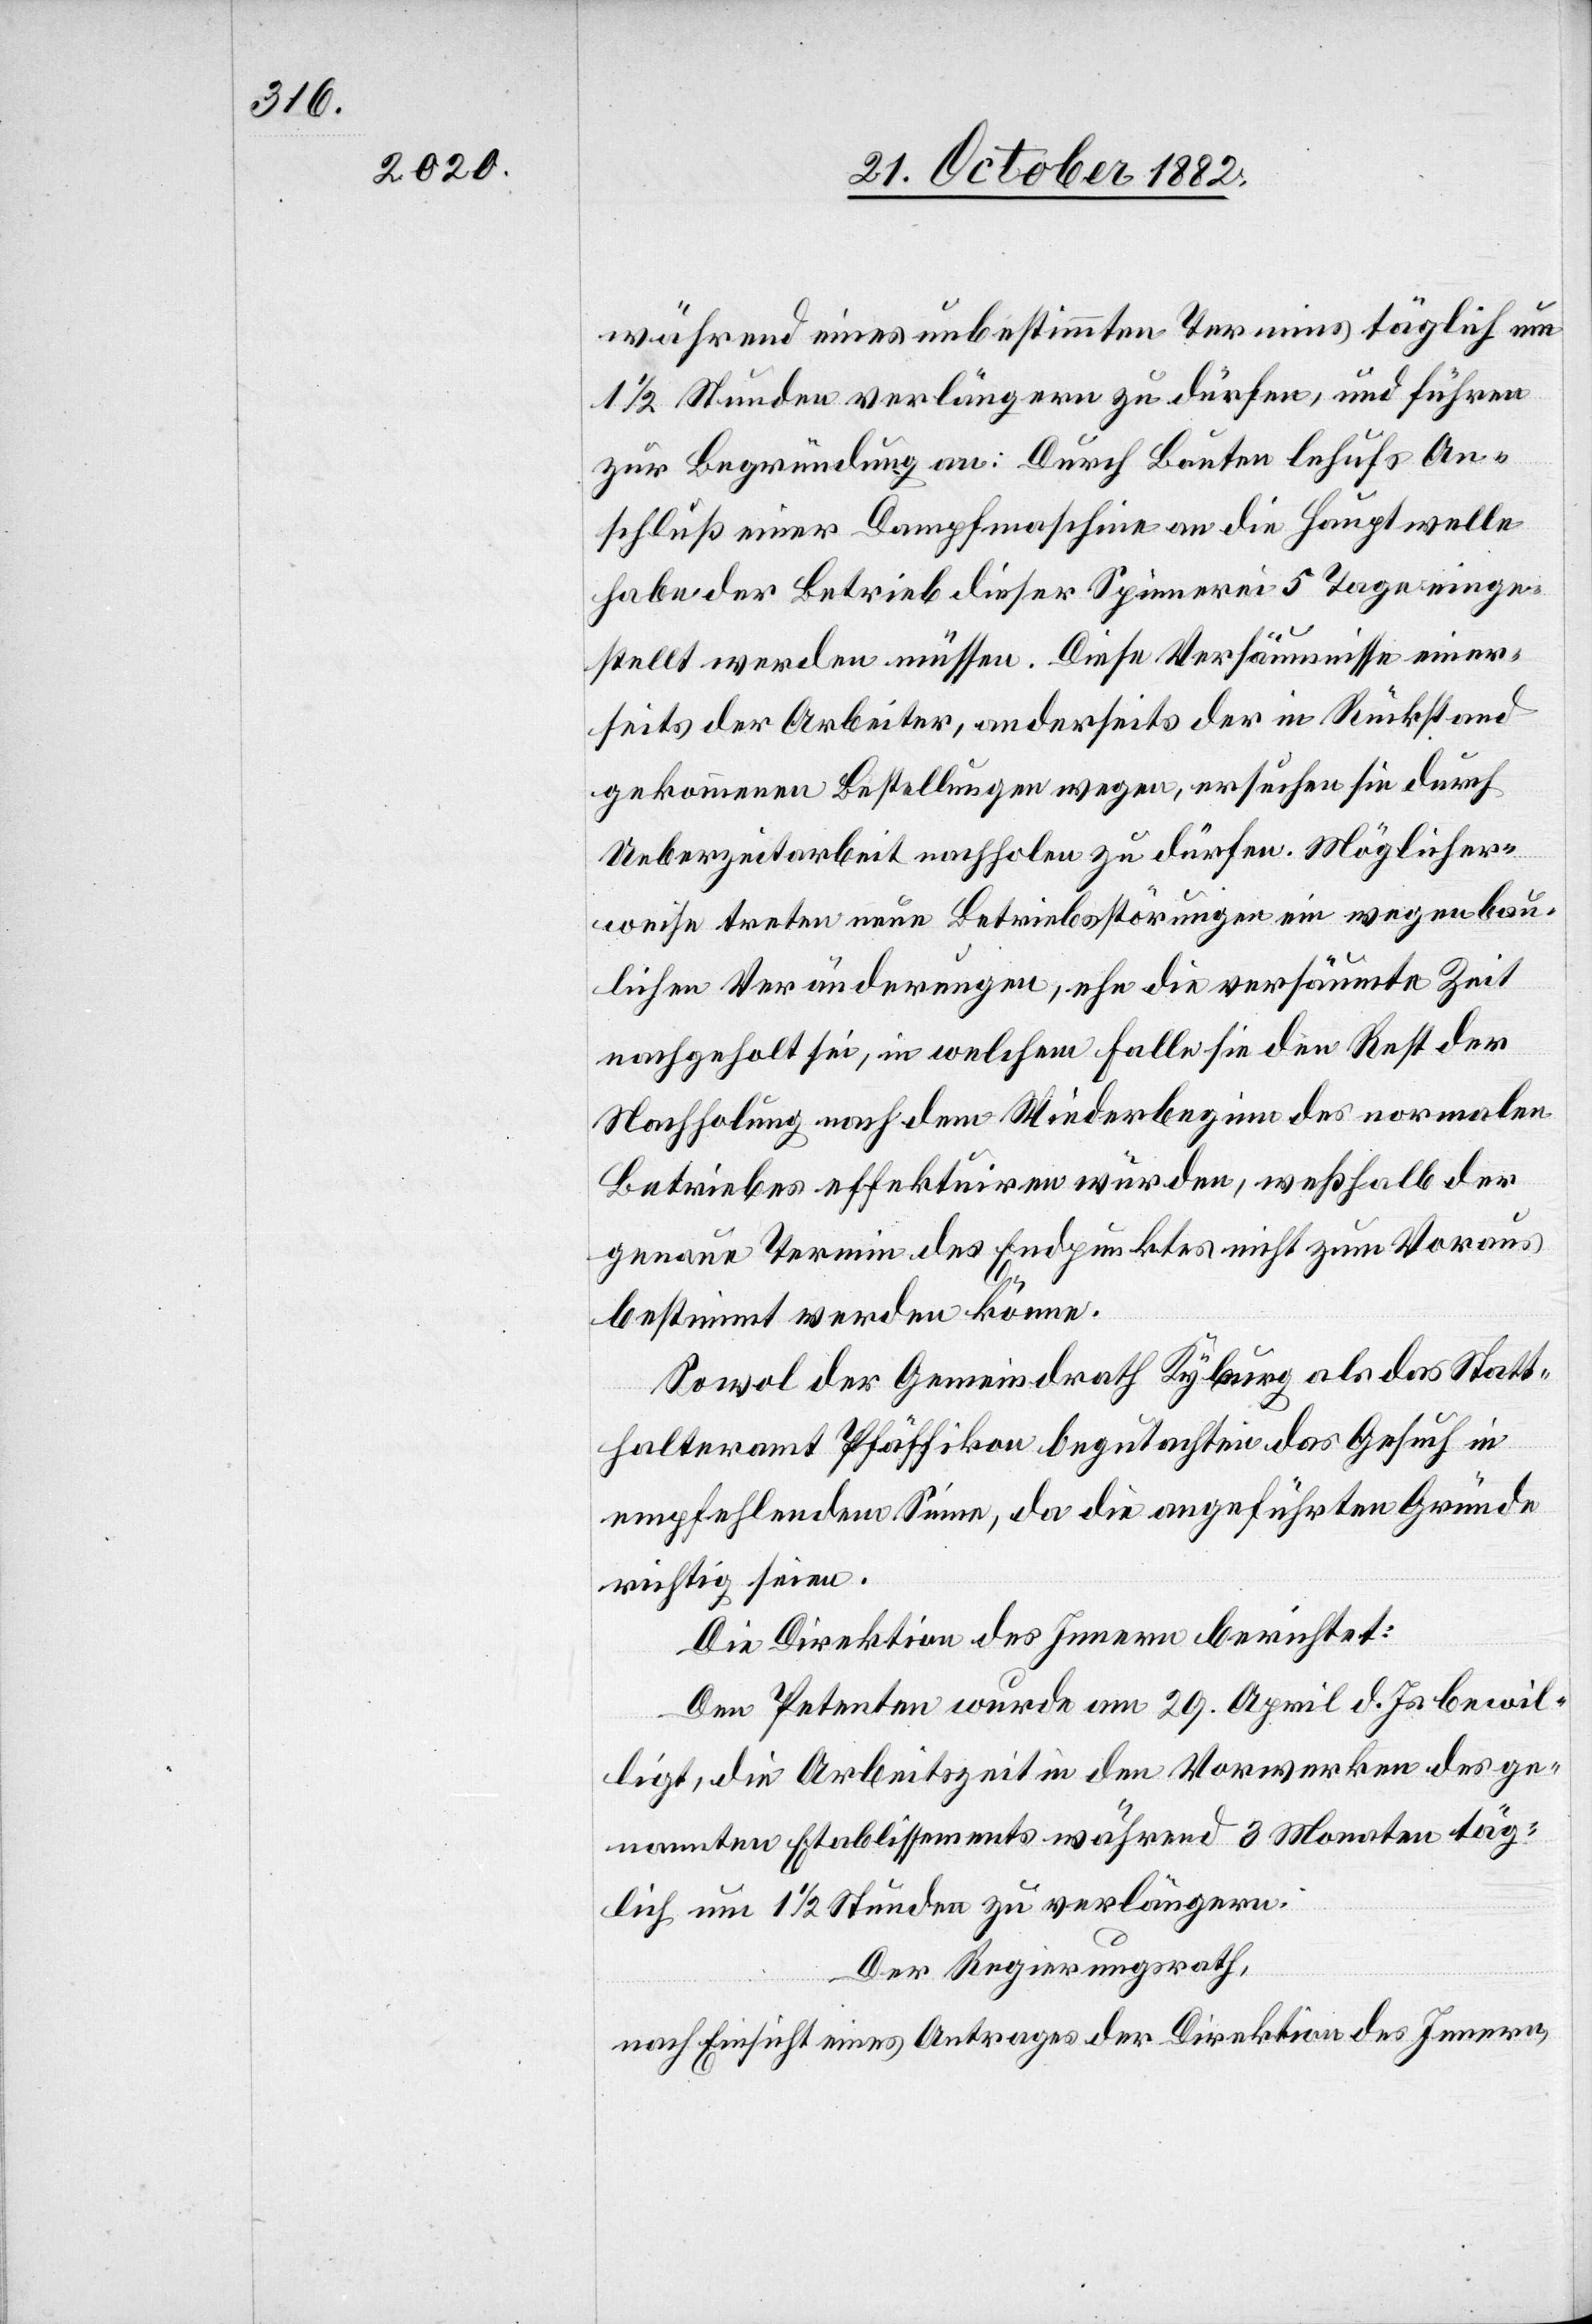
während eines unbestimmten Termins täglich um
1/2 Stunden verlängern zu dürfen, und führen
zur Begründung an: Durch Bauten lehufs [recte:
Anschluß einer Dampfmaschine an die Hauptwelle
habe der Betrieb dieser Spinnerei 5 Tage einge¬
stellt werden müssen. Diese Versäumnisse einer¬
seits der Arbeiter, anderseits der in Rückstand
gekommenen Bestellungen wegen, ersuchen sie durch
Ueberzeitarbeit nachholen zu dürfen. Möglicher¬
weise treten neue Betriebsstörungen ein wegen bau¬
lichen Veränderungen, ehe die versäumte Zeit
nachgeholt sei, in welchem Falle sie den Rest der
Nachholung nach dem Wiederbeginn des normalen
Betriebes effektuiren würden, weßhalb der
genaue Termin des Endpunktes nicht zum Voraus
bestimmt werden könne.
Sowol der Gemeindrath Kyburg als das Statt¬
halteramt Pfäffikon begutachten das Gesuch in
empfehlendem Sinne, da die angeführten Gründe
richtig seien.
Die Direktion des Innern berichtet:
Den Petenten wurde am 29. April d. Js. bewil¬
ligt, die Arbeitszeit in den Vorwerken des ge¬
nannten Etablissements während 3 Monaten täg¬
lich um 1 1/2 Stunden zu verlängern.
Der Regierungsrath,
nach Einsicht eines Antrages der Direktion des Innern,